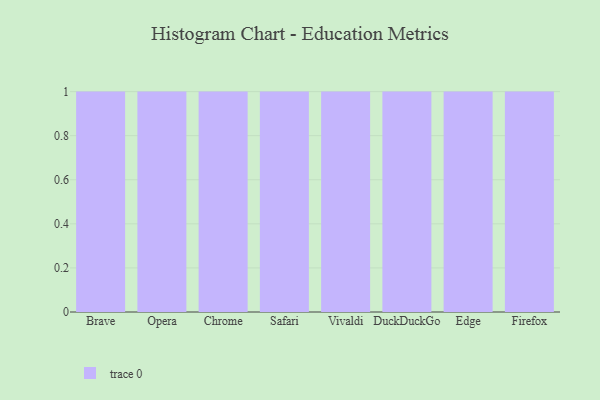
{"axis": {"x": "Browser", "y": "Conversion Rate (%)"}, "legend": [""], "data": [{"x": "Brave", "y": 11, "type": ""}, {"x": "Opera", "y": 69, "type": ""}, {"x": "Chrome", "y": 73, "type": ""}, {"x": "Safari", "y": 94, "type": ""}, {"x": "Vivaldi", "y": 44, "type": ""}, {"x": "DuckDuckGo", "y": 4, "type": ""}, {"x": "Edge", "y": 53, "type": ""}, {"x": "Firefox", "y": 72, "type": ""}]}